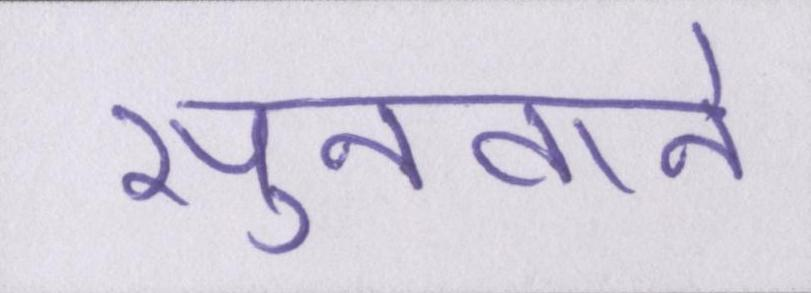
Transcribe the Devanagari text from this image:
सुनवाने